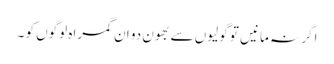
اگر نہ مانیں تو گولیوں سے بھون دو ان گمراہ لوگوں کو ۔